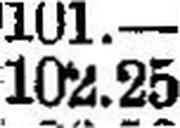
102.25